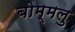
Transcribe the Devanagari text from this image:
बोम्मलु